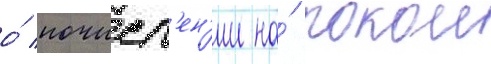
о́ почисл'ен'ии на́ покои